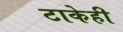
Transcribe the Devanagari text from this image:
टाकेही